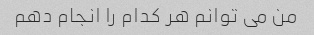
من می توانم هر کدام را انجام دهم